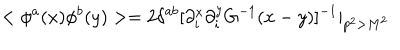
< \phi ^ { a } ( x ) \phi ^ { b } ( y ) > = 2 \delta ^ { a b } [ \partial _ { i } ^ { x } \partial _ { i } ^ { y } G ^ { - 1 } ( x - y ) ] ^ { - 1 } | _ { p ^ { 2 } > M ^ { 2 } }